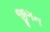
જીગન